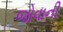
જોવાની